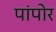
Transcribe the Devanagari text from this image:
पांपोर